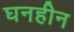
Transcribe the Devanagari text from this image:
घनहीन